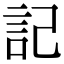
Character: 記